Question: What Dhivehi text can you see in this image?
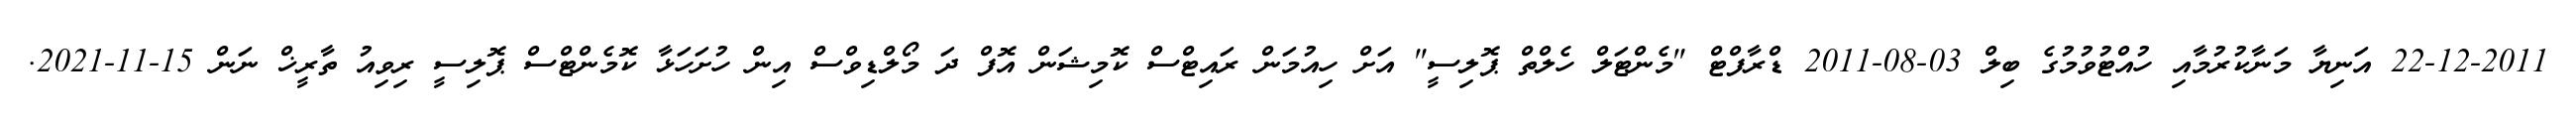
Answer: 22-12-2011 އަނިޔާ މަނާކުރުމާއި ހުއްޓުވުމުގެ ބިލް 03-08-2011 ޑްރާފްޓް "މެންޓަލް ހެލްތް ޕޮލިސީ" އަށް ހިއުމަން ރައިޓްސް ކޮމިޝަން އޮފް ދަ މޯލްޑިވްސް އިން ހުށަހަޅާ ކޮމެންޓްސް ޕޮލިސީ ރިވިއު ތާރީޚް ނަން 15-11-2021.